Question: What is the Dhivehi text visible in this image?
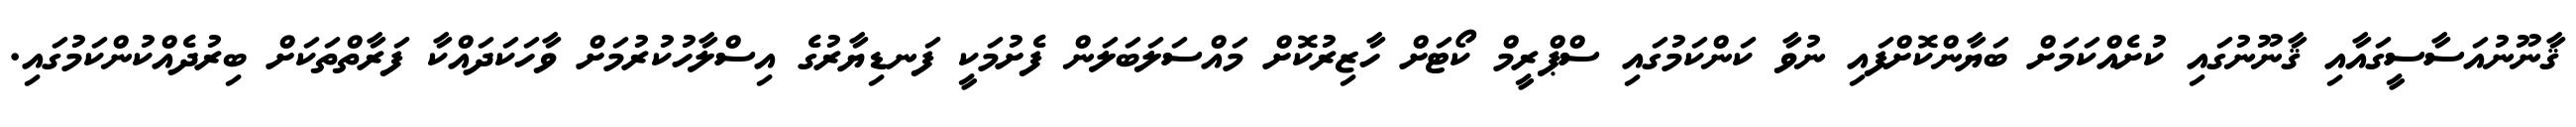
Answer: ޤާނޫނުއަސާސީގައާއި ޤާނޫނުގައި ކުށެއްކަމަށް ބަޔާންކޮށްފައި ނުވާ ކަންކަމުގައި ސްޕްރީމް ކޯޓަށް ހާޒިރުކޮށް މައްސަލަބަލަން ފެށުމަކީ ފަނޑިޔާރުގެ އިސްލާހުކުރުމަށް ވާހަކަދައްކާ ފަރާތްތަކަށް ބިރުދެއްކުންކަމުގައި.